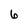
Character: 6